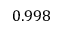
0 . 9 9 8